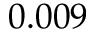
0 . 0 0 9